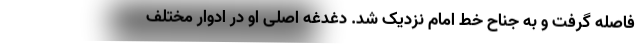
فاصله گرفت و به جناح خط امام نزدیک شد. دغدغه اصلی او در ادوار مختلف